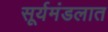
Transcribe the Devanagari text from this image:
सूर्यमंडलात